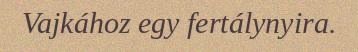
Vajkához egy fertálynyira.